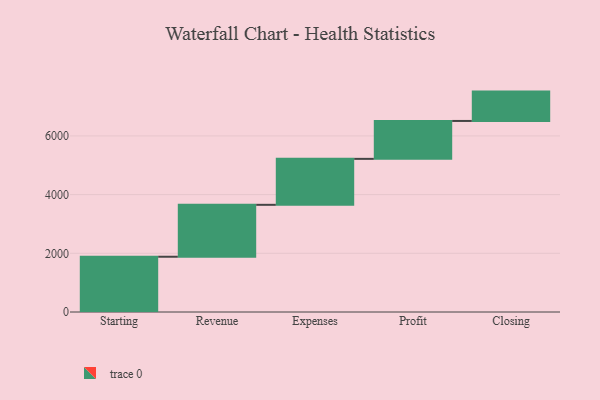
{"axis": {"x": "Step", "y": "Value"}, "legend": [""], "data": [{"x": "Starting", "y": 1883.0, "type": ""}, {"x": "Revenue", "y": 1769.0, "type": ""}, {"x": "Expenses", "y": 1566.0, "type": ""}, {"x": "Profit", "y": 1292.0, "type": ""}, {"x": "Closing", "y": 1000, "type": ""}]}